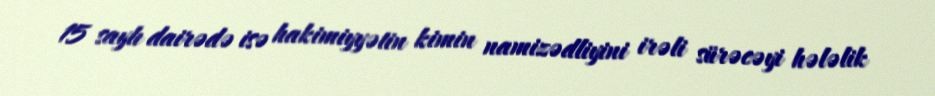
15 saylı dairədə isə hakimiyyətin kimin namizədliyini irəli sürəcəyi hələlik